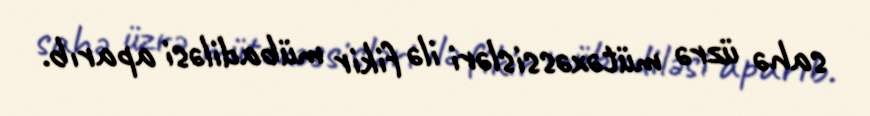
sahə üzrə mütəxəssisləri ilə fikir mübadiləsi aparıb.